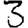
Digit: 3